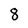
Character: 8